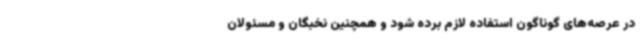
در عرصه‌های گوناگون استفاده لازم برده شود و همچنین نخبگان و مسئولان